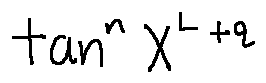
\tan ^ { n } X ^ { L + q }